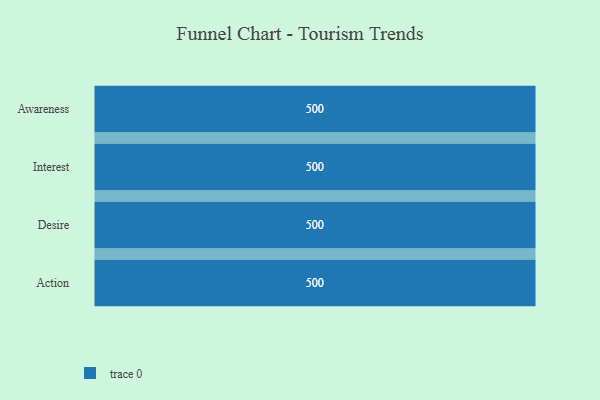
{"axis": {"x": "Stage", "y": "Value"}, "legend": [""], "data": [{"x": "Awareness", "y": 500, "type": ""}, {"x": "Interest", "y": 500, "type": ""}, {"x": "Desire", "y": 500, "type": ""}, {"x": "Action", "y": 500, "type": ""}]}